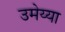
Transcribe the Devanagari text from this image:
उमेय्या